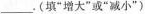
___。(填”增大”或”减小”)